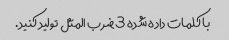
با کلمات داده شده 3 ضرب المثل تولید کنید.